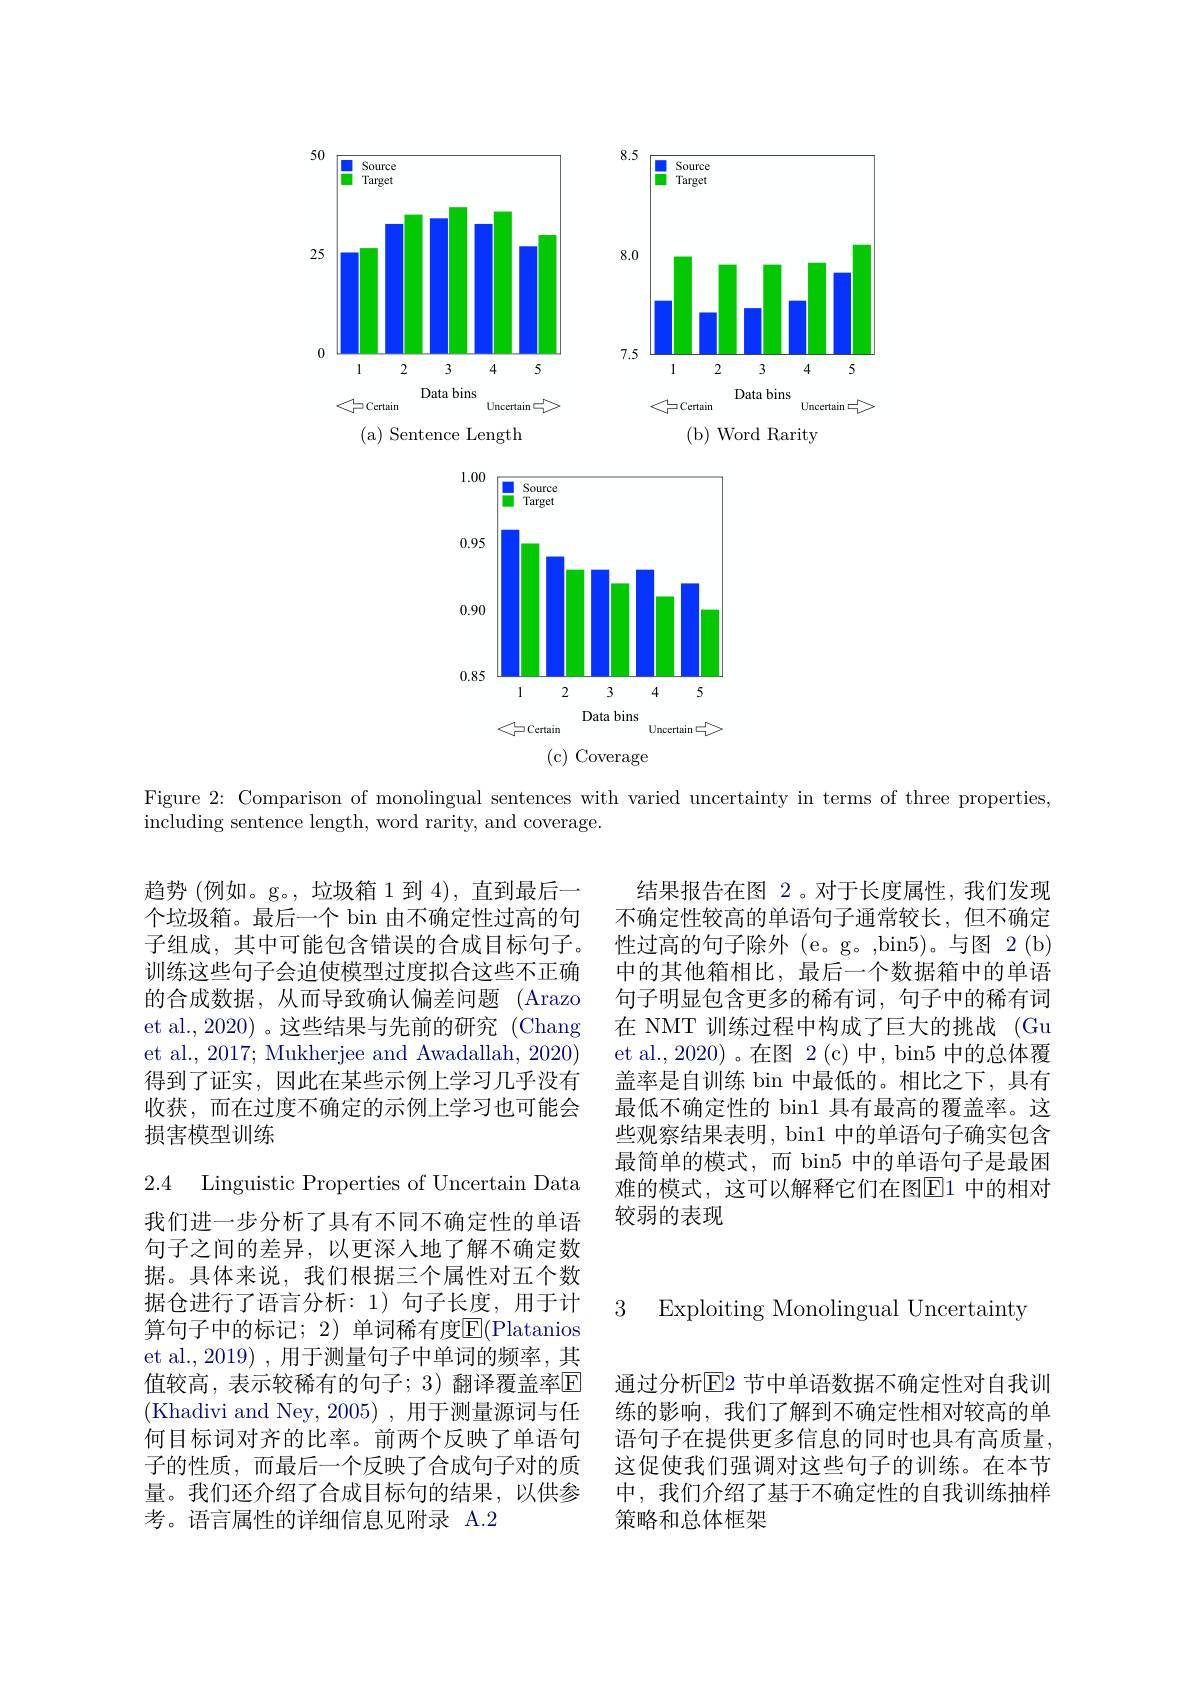
<FigureHere>
( a) Sentence Length
Rarity

<FigureHere>

Figure 2: Comparison of monolingual sentences with varied uncertainty in terms of three properties,
including sentence length, word rarity, and coverage.

趋势 (例如。g。,垃圾箱 1 到 4),直到最后一个垃圾箱。最后一个 bin 由不确定性过高的句子组成，其中可能包含错误的合成目标句子。训练这些句子会迫使模型过度拟合这些不正确的合成数据，从而导致确认偏差问题 (Arazo et al., 2020) 。这些结果与先前的研究 (Chang et al., 2017; Mukherjee and Awadallah, 2020) 得到了证实，因此在某些示例上学习几乎没有收获，而在过度不确定的示例上学习也可能会损害模型训练

结果报告在图 2。对于长度属性，我们发现不确定性较高的单语句子通常较长，但不确定性过高的句子除外(e。g。,bin5)。与图 2(b) 中的其他箱相比，最后一个数据箱中的单语句子明显包含更多的稀有词，句子中的稀有词在 NMT 训练过程中构成了巨大的挑战 (Gu et al.,2020)。在图 2(c)中，bin5 中的总体覆盖率是自训练 bin 中最低的。相比之下，具有最低不确定性的 bin1 具有最高的覆盖率。这些观察结果表明，bin1 中的单语句子确实包含最简单的模式，而 bin5 中的单语句子是最困难的模式，这可以解释它们在图$\overline{\mathrm{E}}$1 中的相对较弱的表现

据仓进行了语言分析：1)句子长度，用于计3 Exploiting Monolingual Uncertaintv

2.4 Linguistic Properties of Uncertain Data 我们进一步分析了具有不同不确定性的单语句子之间的差异，以更深人地了解不确定数据。具体来说，我们根据三个属性对五个数算句子中的标记；2)单词稀有度$\overline{\mathrm{E}}($Platanios et al., 2019) , 用于测量句子中单词的频率，其值较高，表示较稀有的句子；3)翻译覆盖率$\overline{\mathrm{E}}$ (Khadivi and Ney, 2005), 用于测量源词与任何目标词对齐的比率。前两个反映了单语句子的性质，而最后一个反映了合成句子对的质量。我们还介绍了合成目标句的结果，以供参考。语言属性的详细信息见附录 A.2

通过分析$\overline{\mathrm{E}}$2 节中单语数据不确定性对自我训练的影响，我们了解到不确定性相对较高的单语句子在提供更多信息的同时也具有高质量， 这促使我们强调对这些句子的训练。在本节中，我们介绍了基于不确定性的自我训练抽样策略和总体框架